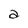
Character: a